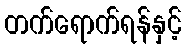
တက်ရောက်ရန်နှင့်